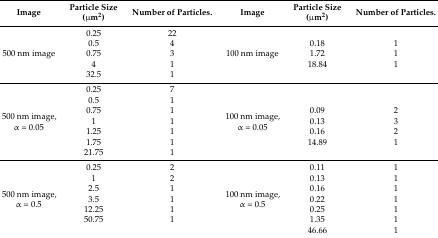
<table><thead><tr><td><b>Image</b></td><td><b>Particle Size (μm<sup>2</sup>)</b></td><td><b>Number of Particles.</b></td><td><b>Image</b></td><td><b>Particle Size (μm<sup>2</sup>)</b></td><td><b>Number of Particles.</b></td></tr></thead><tbody><tr><td rowspan="5">500 nm image</td><td>0.25</td><td>22</td><td rowspan="5">100 nm image</td><td>[EMPTY_CELL]</td><td>[EMPTY_CELL]</td></tr><tr><td>0.5</td><td>4</td><td>0.18</td><td>1</td></tr><tr><td>0.75</td><td>3</td><td>1.72</td><td>1</td></tr><tr><td>4</td><td>1</td><td>18.84</td><td>1</td></tr><tr><td>32.5</td><td>1</td><td>[EMPTY_CELL]</td><td>[EMPTY_CELL]</td></tr><tr><td rowspan="7">500 nm image, α = 0.05</td><td>0.25</td><td>7</td><td rowspan="7">100 nm image, α = 0.05</td><td>[EMPTY_CELL]</td><td>[EMPTY_CELL]</td></tr><tr><td>0.5</td><td>1</td><td>[EMPTY_CELL]</td><td>[EMPTY_CELL]</td></tr><tr><td>0.75</td><td>1</td><td>0.09</td><td>2</td></tr><tr><td>1</td><td>1</td><td>0.13</td><td>3</td></tr><tr><td>1.25</td><td>1</td><td>0.16</td><td>2</td></tr><tr><td>1.75</td><td>1</td><td>14.89</td><td>1</td></tr><tr><td>21.75</td><td>1</td><td>[EMPTY_CELL]</td><td>[EMPTY_CELL]</td></tr><tr><td rowspan="7">500 nm image, α = 0.5</td><td>0.25</td><td>2</td><td rowspan="7">100 nm image, α = 0.5</td><td>0.11</td><td>1</td></tr><tr><td>1</td><td>2</td><td>0.13</td><td>1</td></tr><tr><td>2.5</td><td>1</td><td>0.16</td><td>1</td></tr><tr><td>3.5</td><td>1</td><td>0.22</td><td>1</td></tr><tr><td>12.25</td><td>1</td><td>0.25</td><td>1</td></tr><tr><td>50.75</td><td>1</td><td>1.35</td><td>1</td></tr><tr><td>[EMPTY_CELL]</td><td>[EMPTY_CELL]</td><td>46.66</td><td>1</td></tr></tbody></table>